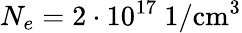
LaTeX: N_{e}=2\cdot 10^{17}~1/\textrm{cm}^{3}